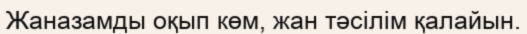
Жаназамды оқып көм, жан тәсілім қалайын.